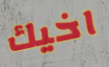
اخيك